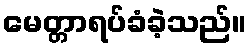
မေတ္တာရပ်ခံခဲ့သည်။